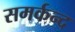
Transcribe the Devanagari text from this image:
समर्कन्द